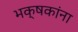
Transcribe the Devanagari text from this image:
भक्षकांना